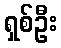
ရှစ်ဦး